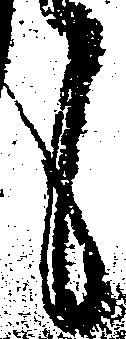
言